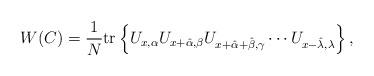
LaTeX: \begin{align*} W(C)=\frac{1}{N} \mbox{tr} \left\{ U_{x,\alpha} U_{x+\hat{\alpha},\beta} U_{x+\hat{\alpha}+\hat{\beta},\gamma} \cdots U_{x-\hat{\lambda},\lambda} \right\},\end{align*}